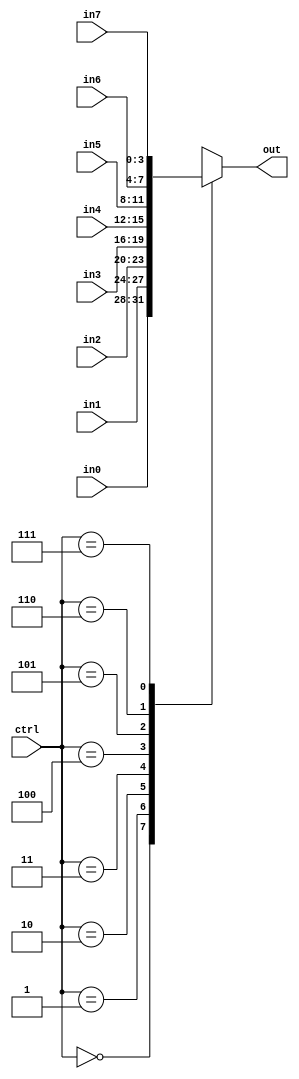
module band8_selector(in0,in1,in2,in3,in4,in5,in6,in7,out,ctrl);
  input [3:0] in0,in1,in2,in3,in4,in5,in6,in7;
  input [2:0] ctrl;
  output [3:0] out;
  reg [3:0] out;

  always @(*)
    begin
      case(ctrl)
        3'b000: out=in0;
        3'b001: out=in1;
        3'b010: out=in2;
        3'b011: out=in3;
        3'b100: out=in4;
        3'b101: out=in5;
        3'b110: out=in6;
        3'b111: out=in7;

        default: out=4'bx;
      endcase
    end
  endmodule